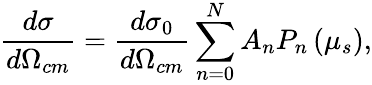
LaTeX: \frac{d\sigma}{d\Omega_{cm}}=\frac{d\sigma_{0}}{d\Omega_{cm}}\sum_{n=0}^{N}A_{n}P_{n}\left(\mu_{s}\right),